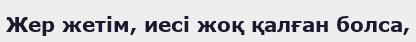
Жер жетім, иесі жоқ қалған болса,